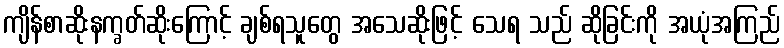
ကျိန်စာဆိုးနက္ခတ်ဆိုးကြောင့် ချစ်ရသူတွေ အသေဆိုးဖြင့် သေရ သည် ဆိုခြင်းကို အယုံအကြည်